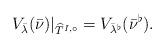
LaTeX: \begin{align*} V_{\bar{\lambda}}(\bar{\nu})|_{\widehat{T}^{I, \circ}} = V_{\bar{\lambda}^\flat}(\bar{\nu}^\flat).\end{align*}